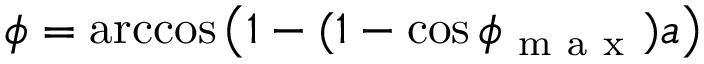
\phi = \operatorname { a r c c o s } \left( 1 - ( 1 - \cos \phi _ { \mathrm { ~ m ~ a ~ x ~ } } ) a \right)